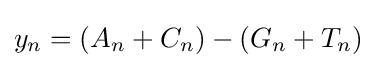
y_{n}=(A_{n}+C_{n})-(G_{n}+T_{n})